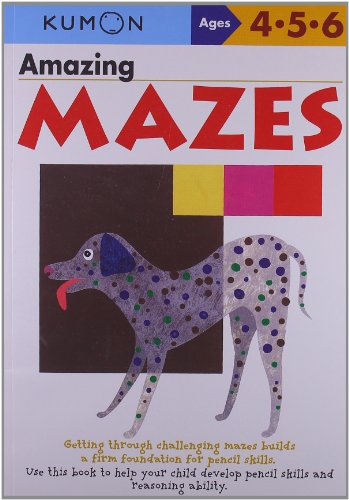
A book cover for Amazing Mazes (Kumon's Practice Books); Test Preparation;